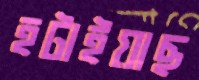
হটাইয়াছ